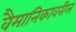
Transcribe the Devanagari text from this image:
वैमानिकावरील